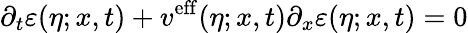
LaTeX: \partial_{t}\varepsilon(\eta;x,t)+v^{\mathrm{eff}}(\eta;x,t)\partial_{x}\varepsilon(\eta;x,t)=0